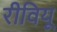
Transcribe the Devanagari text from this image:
रीवियू